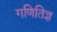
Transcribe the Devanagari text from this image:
गणितिज्ञ